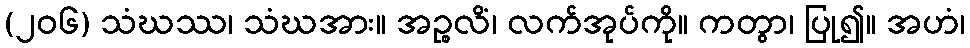
(၂၀၆) သံဃဿ၊ သံဃအား။ အဉ္စလိံ၊ လက်အုပ်ကို။ ကတွာ၊ ပြု၍။ အဟံ၊